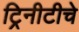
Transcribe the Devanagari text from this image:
ट्रिनीटीचे